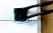
يصدف